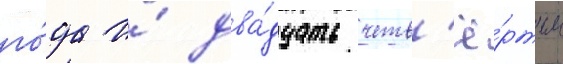
го́да и́ два́дцать четв'ё́ртым